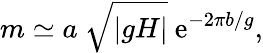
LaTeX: m\simeq a~\sqrt{|gH|}~\mathrm{e}^{-2\pi b/g},